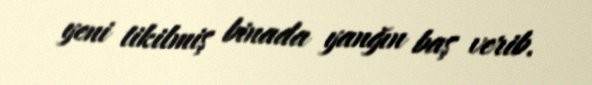
yeni tikilmiş binada yanğın baş verib.